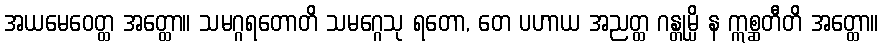
အယမေဝေတ္ထ အတ္ထော။ သမဂ္ဂရတောတိ သမဂ္ဂေသု ရတော, တေ ပဟာယ အညတ္ထ ဂန္တုမ္ပိ န ဣစ္ဆတီတိ အတ္ထော။